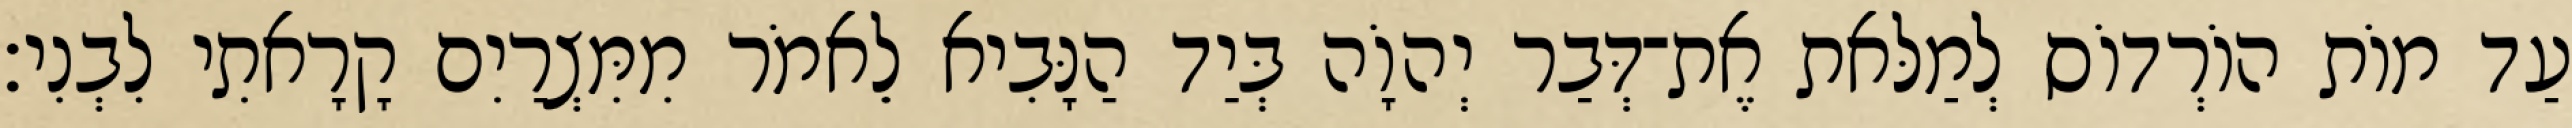
עַד מוֹת הוֹרְדוֹס לְמַלּאת אֶת־דְּבַר יְהוָֹה בְּיַד הַנָּבִיא לֵאמֹר מִמִּצְרַיִם קָרָאתִי לִבְנִי׃